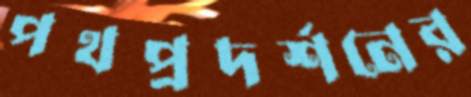
পথপ্রদর্শনের